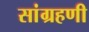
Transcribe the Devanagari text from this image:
सांग्रहणी